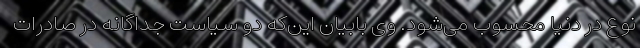
نوع در دنیا محسوب می‌شود. وی بابیان این‌که دو سیاست جداگانه در صادرات